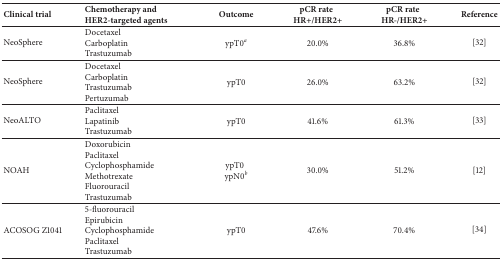
| Clinical trial | Chemotherapy and HER2-targeted agents | Outcome | pCR rateHR+/HER2+ | pCR rateHR-/HER2+ | Reference |
 | --- | --- | --- | --- | --- | --- |
 | NeoSphere | DocetaxelCarboplatinTrastuzumab | ypT0a | 20.0% | 36.8% | [32] |
 | NeoSphere | DocetaxelCarboplatinTrastuzumabPertuzumab | ypT0 | 26.0% | 63.2% | [32] |
 | NeoALTO | PaclitaxelLapatinibTrastuzumab | ypT0 | 41.6% | 61.3% | [33] |
 | NOAH | DoxorubicinPaclitaxel CyclophosphamideMethotrexateFluorouracilTrastuzumab | ypT0ypN0b | 30.0% | 51.2% | [12] |
 | ACOSOG Z1041 | 5-fluorouracil EpirubicinCyclophosphamidePaclitaxelTrastuzumab | ypT0 | 47.6% | 70.4% | [34] |